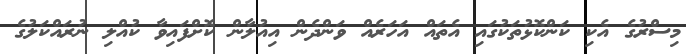
މިސްރުގެ އެކި ކަންކޮޅުތަކުގައި އެތައް އަހަރެއް ވަންދެން އިއުލާން ކޮށްފައިވާ ކުއްލި ނުރައްކަލުގެ